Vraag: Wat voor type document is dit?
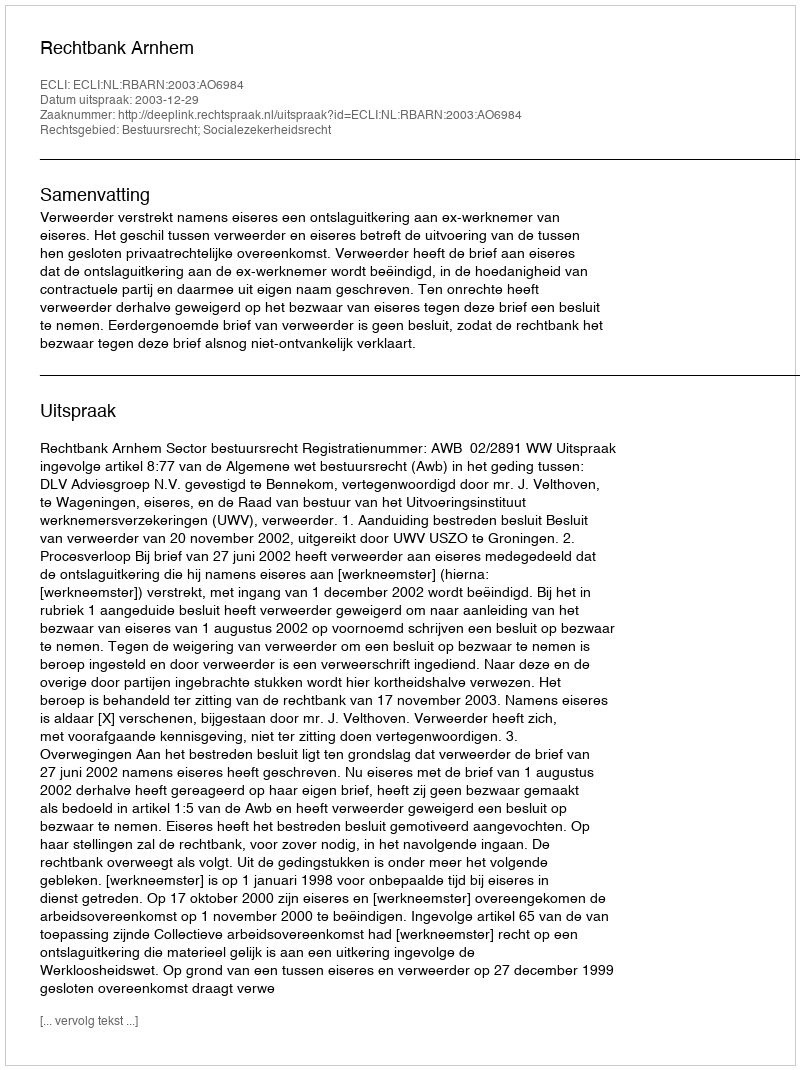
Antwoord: Uitspraak